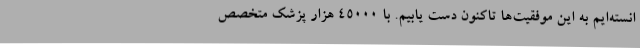
انسته‌ایم به این موفقیت‌ها تاکنون دست یابیم. با 45000 هزار پزشک متخصص